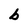
Character: b